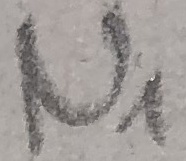
Text: N1